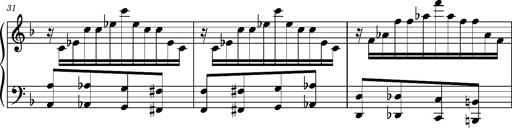
Title: Ungarischer Romanzero
Composer: Franz Liszt